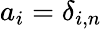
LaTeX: a_{i}=\delta_{i,n}